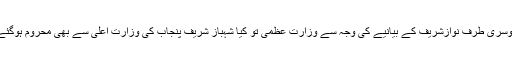
دوسری طرف نوازشریف کے بیانیے کی وجہ سے وزارت عظمیٰ تو کیا شہباز شریف پنجاب کی وزارت اعلیٰ سے بھی محروم ہوگئے۔